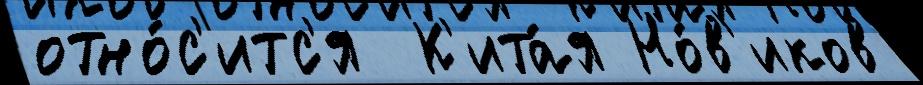
отно́с'итс'я  К'ита́я Но́в'иков